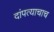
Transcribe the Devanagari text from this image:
दांपत्याचाच